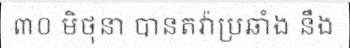
៣០ មិថុនា បានតវ៉ាប្រឆាំង នឹង